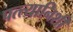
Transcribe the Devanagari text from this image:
पत्त्यानिशी